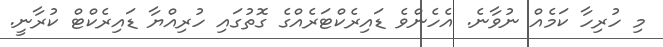
މި ހުރިހާ ކަމެއް ނުވާނެ. އެހެންވެ ޑައިރެކްޓަރެއްގެ ގޮތުގައި ހުރިއްޔާ ޑައިރެކްޓް ކުރާނީ.